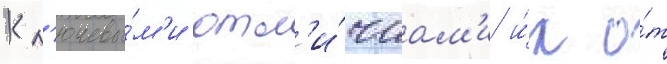
Кл'ючевы́м'и отл'и́чиам'и и́х о́т